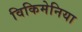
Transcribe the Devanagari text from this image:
विकिमेनिया